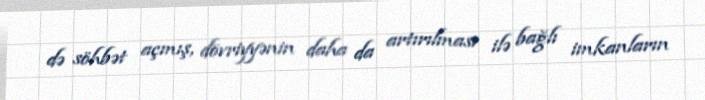
də söhbət açmış, dövriyyənin daha da artırılması ilə bağlı imkanların